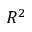
R ^ { 2 }